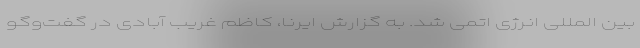
بین المللی انرژی اتمی شد. به گزارش ایرنا، کاظم غریب آبادی در گفت‌وگو